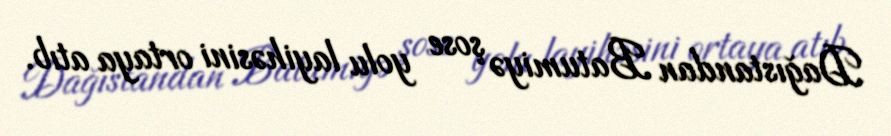
Dağıstandan Batumiyə şose yolu layihəsini ortaya atıb.